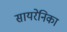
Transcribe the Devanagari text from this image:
सायरेनिका